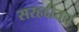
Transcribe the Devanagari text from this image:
सरहद्दीतच